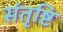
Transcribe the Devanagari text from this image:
संतृष्टि